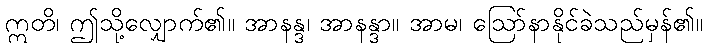
ဣတိ၊ ဤသို့လျှောက်၏။ အာနန္ဒ၊ အာနန္ဒာ။ အာမ၊ ဩော်နာနိုင်ခဲသည်မှန်၏။